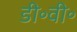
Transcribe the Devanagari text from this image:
डी॰वी॰